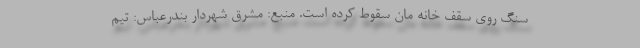
سنگ روی سقف خانه مان سقوط کرده است. منبع: مشرق شهردار بندرعباس: تیم